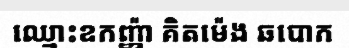
ឈ្មោះឧកញ្ញ៉ា គិតម៉េង ឆបោក